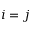
i = j